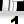
Digit: 1